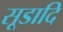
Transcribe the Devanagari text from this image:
सूडादि